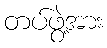
တပ်ဖွဲ့အား